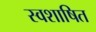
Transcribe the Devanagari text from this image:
स्वशाषित